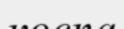
коспа